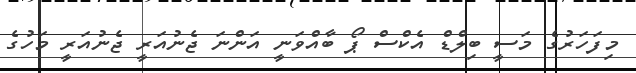
މިފަހަރުގެ މަސީ ބިލްޑް އެކްސް ޕޯ ބާއްވަނީ އަންނަ ޖެނުއަރީ ޖެނުއަރީ މަހުގެ